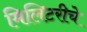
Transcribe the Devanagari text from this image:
मिलिटरीचे